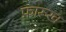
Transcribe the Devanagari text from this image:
फ़ारूख